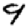
Digit: 9